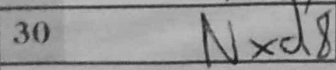
Transcription: Nxd8